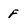
Character: F